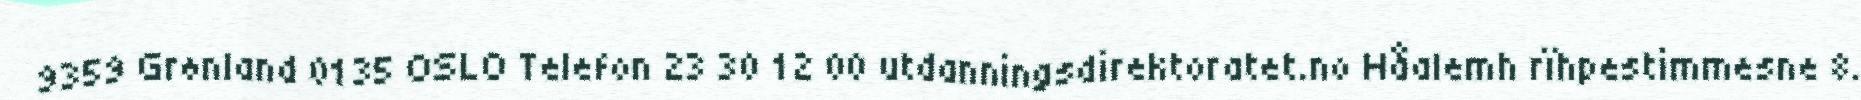
9359 Grønland 0135 OSLO Telefon 23 30 12 00 utdanningsdirektoratet.no Håalemh rïhpestimmesne 8.